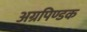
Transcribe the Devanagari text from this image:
अग्रपिण्डक